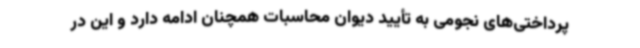
پرداختی‌های نجومی به تأیید دیوان محاسبات همچنان ادامه دارد و این در